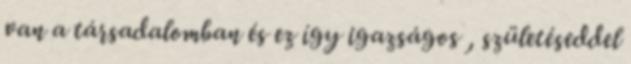
van a társadalomban és ez így igazságos , születéseddel